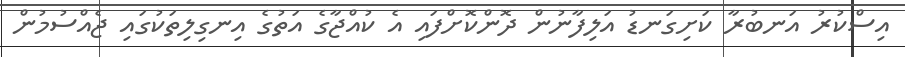
އިސްކުރު އަނބުރާ ކަށިގަނޑު އަލިފާނުން ދޮންކޮށްފައި އެ ކުއްޖާގެ އަތުގެ އިނގިލިތަކުގައި ޖެއްސުމުން